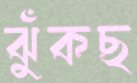
ঝুঁকছ